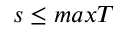
s \le m a x T